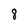
Character: 8